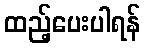
ထည့်ပေးပါရန်